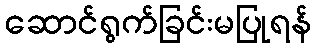
ဆောင်ရွက်ခြင်းမပြုရန်